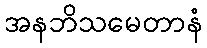
အနဘိသမေတာနံ